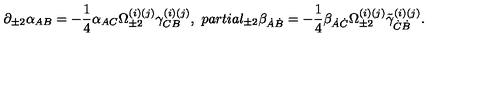
\partial _ { \pm 2 } \alpha _ { A B } = - \frac 1 4 \alpha _ { A C } \Omega _ { \pm 2 } ^ { ( i ) ( j ) } \gamma _ { C B } ^ { ( i ) ( j ) } , \ p a r t i a l _ { \pm 2 } \beta _ { \dot { A } \dot { B } } = - \frac 1 4 \beta _ { \dot { A } \dot { C } } \Omega _ { \pm 2 } ^ { ( i ) ( j ) } \tilde { \gamma } _ { \dot { C } \dot { B } } ^ { ( i ) ( j ) } .